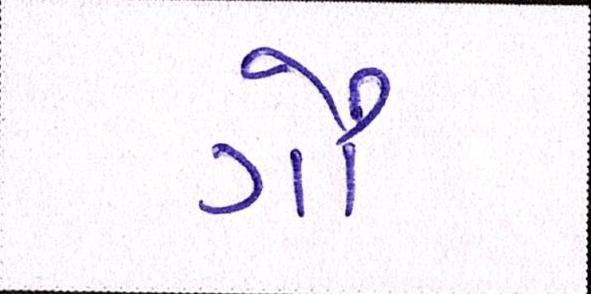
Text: ગૌ